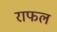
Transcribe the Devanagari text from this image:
राफल